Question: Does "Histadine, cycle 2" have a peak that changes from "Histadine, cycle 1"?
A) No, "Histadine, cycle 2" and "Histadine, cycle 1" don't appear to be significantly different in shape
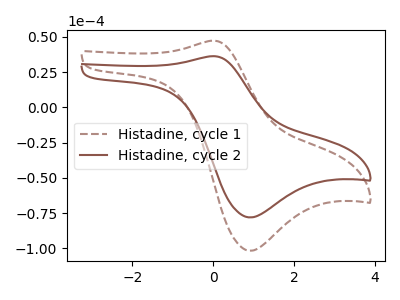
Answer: <think>The brown dashed curve "Histadine, cycle 1" has an anodic peak at (0.05V, 47.30uA) and a cathodic peak at (0.90V, -101.75uA). The brown curve "Histadine, cycle 2" has an anodic peak at (0.05V, 36.30uA) and a cathodic peak at (0.90V, -78.10uA).
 All the peaks in "Histadine, cycle 2" have a peak in "Histadine, cycle 1" at the same potential. Every peak in "Histadine, cycle 2" is lower than every peak in "Histadine, cycle 1".</think>
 <answer>A) No, "Histadine, cycle 2" and "Histadine, cycle 1" don't appear to be significantly different in shape</answer>
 <eval>A</eval>